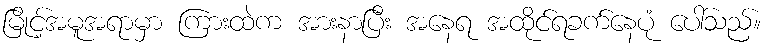
မြိုင့်အမူအရာမှာ ကြားထဲက အားနာပြီး အနေရ အထိုင်ရခက်နေပုံ ပေါ်သည်။